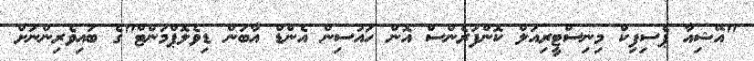
"އޭޝިއާ ޕެސިފިކް މިނިސްޓީރިއަލް ކޮންފަރެންސް އޮން ހައުސިން އެންޑް އާބަން ޑިވެލޮޕްމަންޓް"ގެ ބައިވެރިންނަށް